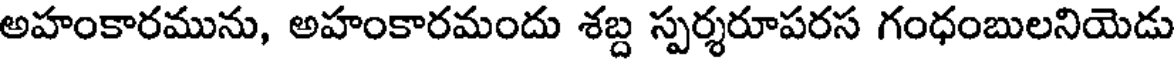
అహంకారమును, అహంకారమందు శబ్ద స్పర్శరూపరస గంధంబులనియెడు